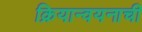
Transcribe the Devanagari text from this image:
क्रियान्वयनाची